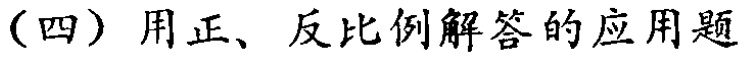
（四）用正、反比例解答的应用题